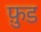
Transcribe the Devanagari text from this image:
फ़ु़ड